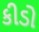
કીડો